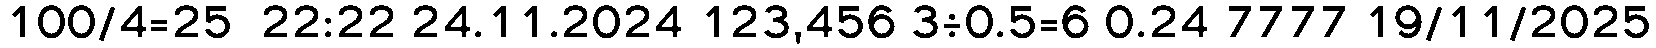
100/4=25  22:22 24.11.2024 123,456 3÷0.5=6 0.24 7777 19/11/2025